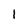
Character: 1